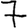
Digit: 7